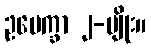
ဥပေက္ခာ ၂-မျိုး။